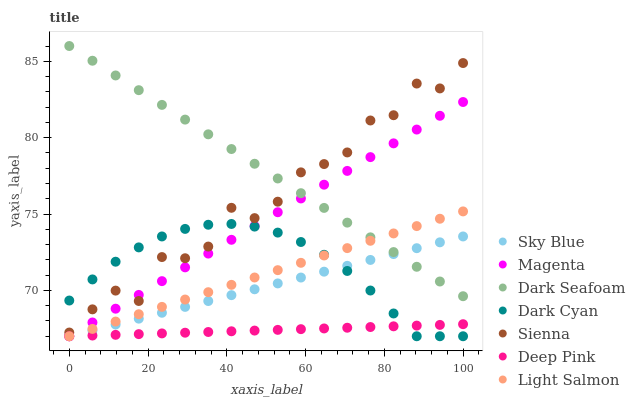
| xaxis_label | Sky Blue | Magenta | Dark Seafoam | Dark Cyan | Sienna | Deep Pink | Light Salmon |
 | --- | --- | --- | --- | --- | --- | --- | --- |
 | 0 | 67 | 67 | 86 | 69.3 | 67.2 | 67 | 67 |
 | 5.88 | 67.4 | 67.9 | 85 | 70.7 | 68.8 | 67 | 67.5 |
 | 11.8 | 67.8 | 68.8 | 84.1 | 71.9 | 70 | 67.1 | 68 |
 | 17.6 | 68.2 | 69.7 | 83.1 | 72.8 | 69.3 | 67.1 | 68.4 |
 | 23.5 | 68.5 | 70.6 | 82.1 | 73.5 | 72.2 | 67.2 | 68.9 |
 | 29.4 | 68.9 | 71.5 | 81.2 | 74 | 72.1 | 67.2 | 69.4 |
 | 35.3 | 69.3 | 72.4 | 80.2 | 74.3 | 72.9 | 67.3 | 69.9 |
 | 41.2 | 69.7 | 73.3 | 79.3 | 74.4 | 75.4 | 67.3 | 70.4 |
 | 47.1 | 70.1 | 74.2 | 78.3 | 74.2 | 74.7 | 67.4 | 70.8 |
 | 52.9 | 70.5 | 75.1 | 77.3 | 73.8 | 75.8 | 67.4 | 71.3 |
 | 58.8 | 70.8 | 76 | 76.4 | 73.2 | 77.7 | 67.5 | 71.8 |
 | 64.7 | 71.2 | 76.9 | 75.4 | 72.3 | 78.3 | 67.5 | 72.3 |
 | 70.6 | 71.6 | 77.8 | 74.4 | 71.3 | 79 | 67.6 | 72.8 |
 | 76.5 | 72 | 78.7 | 73.5 | 70 | 81.1 | 67.6 | 73.3 |
 | 82.4 | 72.4 | 79.6 | 72.5 | 68.5 | 81.5 | 67.7 | 73.7 |
 | 88.2 | 72.8 | 80.5 | 71.5 | 67 | 83.5 | 67.7 | 74.2 |
 | 94.1 | 73.1 | 81.4 | 70.6 | 67 | 83.2 | 67.7 | 74.7 |
 | 100 | 73.5 | 82.3 | 69.6 | 67 | 84.9 | 67.8 | 75.2 |